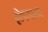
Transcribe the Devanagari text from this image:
द्वीपमाला